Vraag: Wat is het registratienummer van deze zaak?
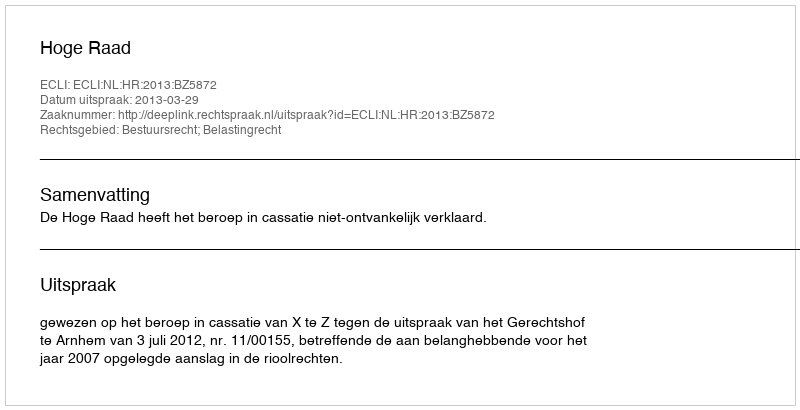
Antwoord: http://deeplink.rechtspraak.nl/uitspraak?id=ECLI:NL:HR:2013:BZ5872